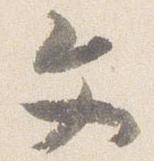
文